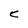
Character: C